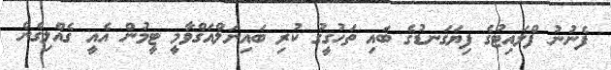
ފެނުނު ފްލައިޓުގެ ފިޔަގަނޑުގެ ބައި ތަހުގީގު ކުރި ބައިނަލްއަގްވާމީ ޓީމުން އެއީ ގެއްލިގެން